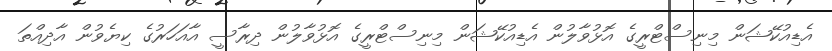
އެޑިއުކޭޝަން މިނިސްޓްރީގެ އޮޅުވާލުން އެޑިއުކޭޝަން މިނިސްޓްރީގެ އޮޅުވާލުން ދިރާސީ އާއަހަރުގެ ކިޔެވުން އާދިއްތަ